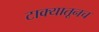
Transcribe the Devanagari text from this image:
टाक्यातूनच